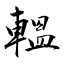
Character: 轀